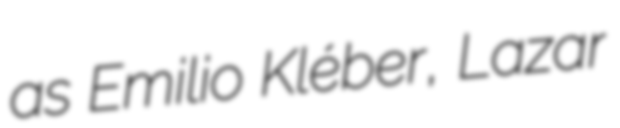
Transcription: as Emilio Kléber, Lazar